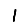
Digit: 1